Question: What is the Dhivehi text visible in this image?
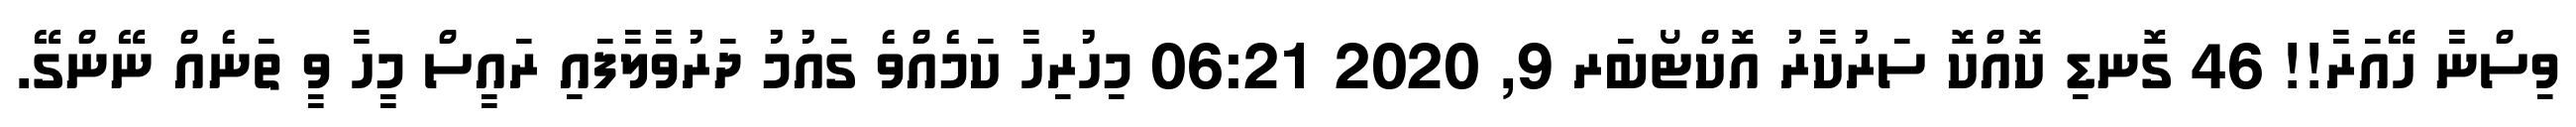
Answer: ވިސްނާ ހޭއަރާ!! 46 ގޮނޑި ކޮއްކޮ ސަރުކާރު އޮކްޓޯބަރ 9, 2020 06:21 މިހުރިހާ ކަމެއްވެ ގައުމު ދަރުވާލާފައި ރައީސް މީހާ ވީ ތަނެއް ނޭންގޭ.